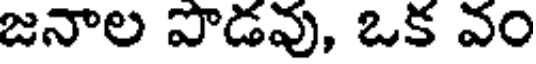
జనాల వాడవు, ఒక వం